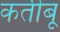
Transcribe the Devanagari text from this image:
कतीबू